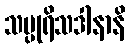
သပ္ပုရိသဒါနာနိ